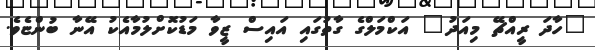
"ހާދަ ރީއްޗޭ މިއަދު" އަކްމަލްގެ ގާތުގައި އައިސް ޒީވާ މަޑުކޮށްލުމާއެކު އޭނާ ބުންޏެވެ.